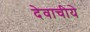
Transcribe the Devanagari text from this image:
देवाचीये